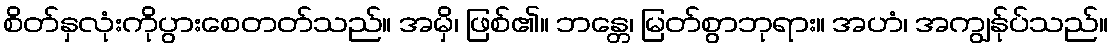
စိတ်နှလုံးကိုပွားစေတတ်သည်။ အမှိ၊ ဖြစ်၏။ ဘန္တေ၊ မြတ်စွာဘုရား။ အဟံ၊ အကျွန်ုပ်သည်။